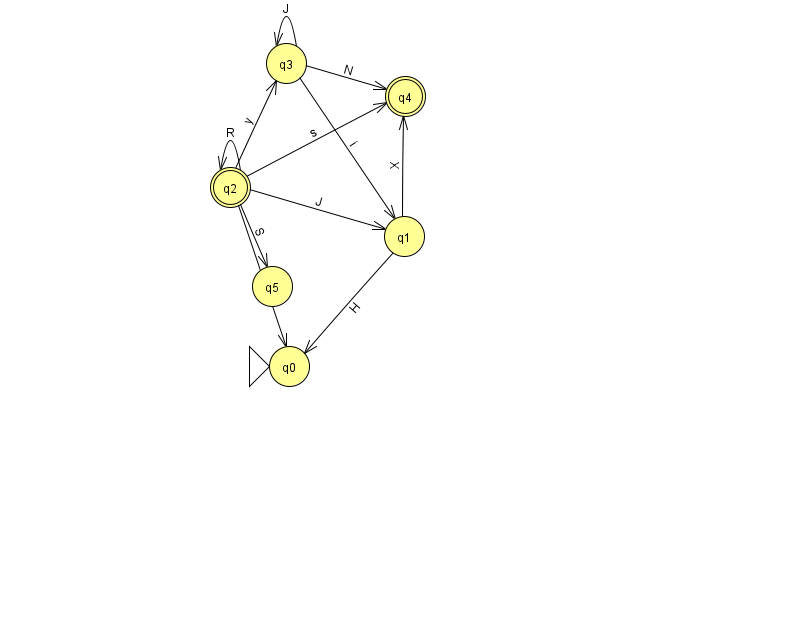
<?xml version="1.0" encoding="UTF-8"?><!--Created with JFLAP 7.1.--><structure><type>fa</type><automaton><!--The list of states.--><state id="0" name="q0"><x>289.0</x><y>353.0</y><initial/></state><state id="1" name="q1"><x>404.0</x><y>223.0</y></state><state id="2" name="q2"><x>230.0</x><y>174.0</y><final/></state><state id="3" name="q3"><x>286.0</x><y>50.0</y></state><state id="4" name="q4"><x>405.0</x><y>83.0</y><final/></state><state id="5" name="q5"><x>272.0</x><y>273.0</y></state><!--The list of transitions.--><transition><from>1</from><to>0</to><read>H</read></transition><transition><from>2</from><to>4</to><read>s</read></transition><transition><from>3</from><to>4</to><read>N</read></transition><transition><from>2</from><to>2</to><read>R</read></transition><transition><from>2</from><to>0</to><read>E</read></transition><transition><from>1</from><to>4</to><read>X</read></transition><transition><from>2</from><to>1</to><read>J</read></transition><transition><from>2</from><to>3</to><read>y</read></transition><transition><from>3</from><to>1</to><read>i</read></transition><transition><from>3</from><to>3</to><read>J</read></transition><transition><from>2</from><to>5</to><read>S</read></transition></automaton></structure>